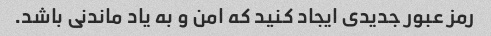
رمز عبور جدیدی ایجاد کنید که امن و به یاد ماندنی باشد.